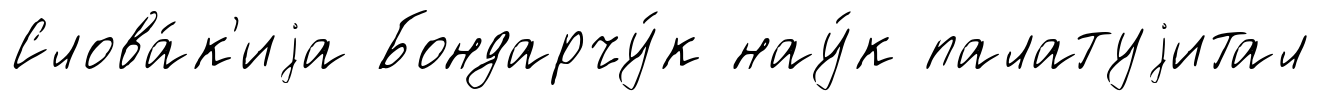
Слова́к'иjа Бондарчу́к нау́к палатуjитал